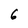
Character: 6